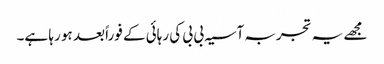
مجھے یہ تجربہ آسیہ بی بی کی رہائی کے فوراً بعد ہو رہا ہے۔